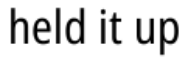
held it up